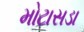
મોટાસડા